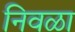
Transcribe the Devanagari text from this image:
निवळा